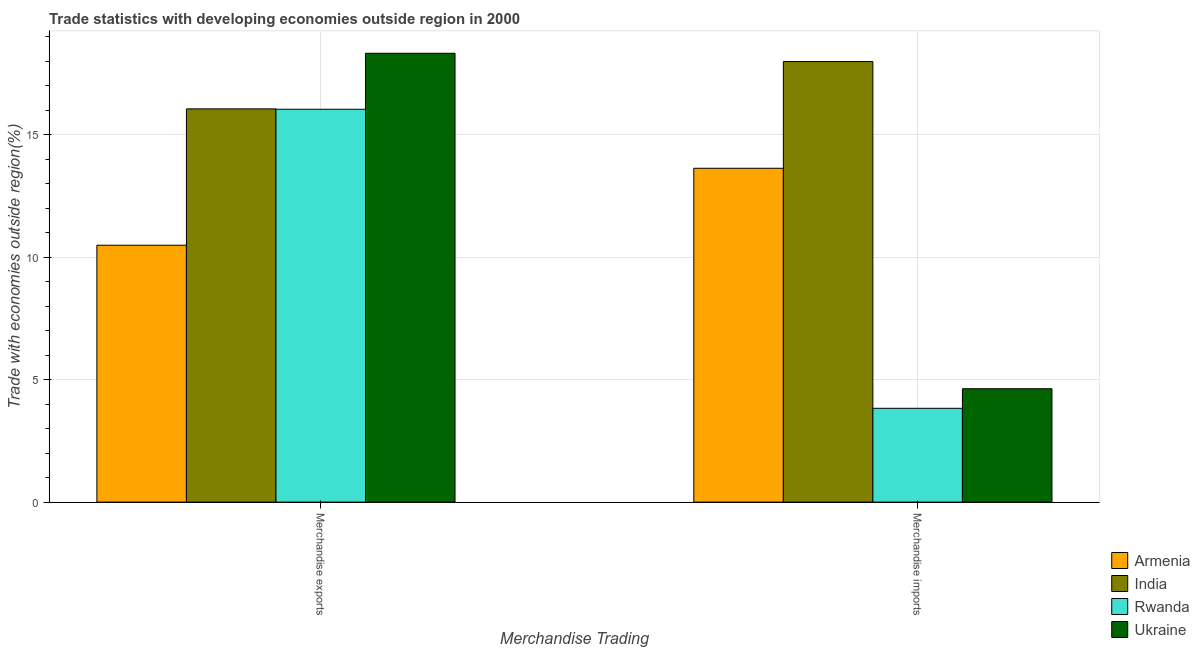
| Merchandise Trading | Armenia | India | Rwanda | Ukraine |
 | --- | --- | --- | --- | --- |
 | Merchandise exports | 10.5 | 16.1 | 16 | 18.3 |
 | Merchandise imports | 13.6 | 18 | 3.83 | 4.63 |